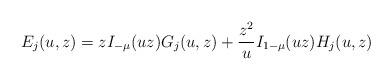
LaTeX: \begin{gather*}E_j(u,z)=z I_{-\mu}(uz) G_j(u,z)+\frac{z^2}{u} I_{1-\mu}(uz) H_j(u,z)\end{gather*}